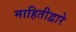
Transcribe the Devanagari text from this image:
माहितीद्वारे